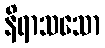
နိရာသသော